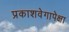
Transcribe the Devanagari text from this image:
प्रकाशवेगापेक्षा